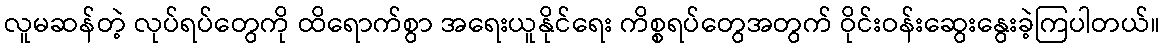
လူမဆန်တဲ့ လုပ်ရပ်တွေကို ထိရောက်စွာ အရေးယူနိုင်ရေး ကိစ္စရပ်တွေအတွက် ဝိုင်းဝန်းဆွေးနွေးခဲ့ကြပါတယ်။